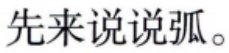
先来说说弧。